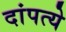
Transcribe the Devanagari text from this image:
दांपत्ये